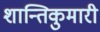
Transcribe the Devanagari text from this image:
शान्तिकुमारी